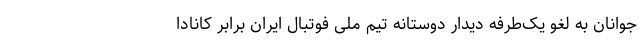
جوانان به لغو یک‌طرفه دیدار دوستانه تیم ملی فوتبال ایران برابر کانادا